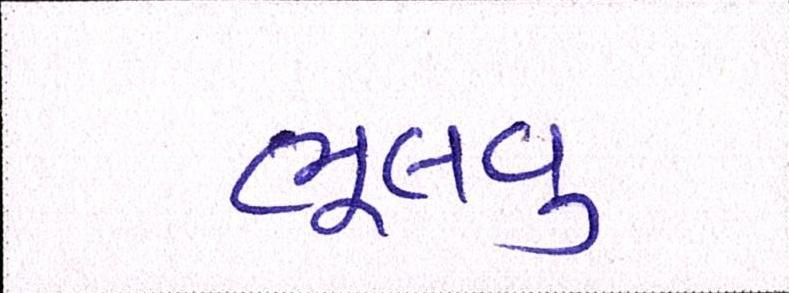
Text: ભૂલવુ